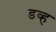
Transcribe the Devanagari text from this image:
डव्ह